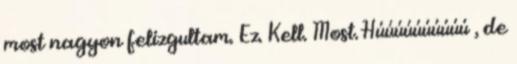
most nagyon felizgultam. Ez. Kell. Most. Húúúúúúúúúú , de